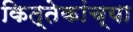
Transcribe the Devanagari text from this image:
कित्तेकांच्या